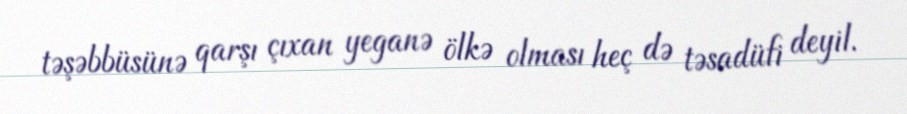
təşəbbüsünə qarşı çıxan yeganə ölkə olması heç də təsadüfi deyil.